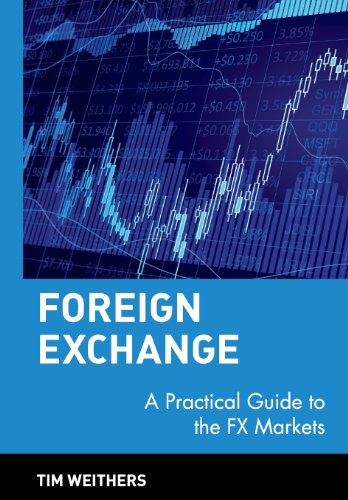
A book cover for Foreign Exchange: A Practical Guide to the FX Markets; Tim Weithers; Business & Money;